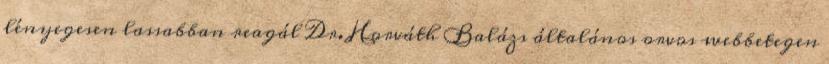
lényegesen lassabban reagál Dr. Horváth Balázs általános orvos webbetegen